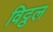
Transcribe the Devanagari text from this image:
विट्ठल